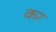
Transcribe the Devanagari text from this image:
कर